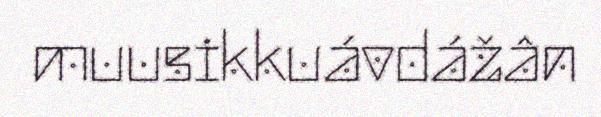
muusikkuávdážân